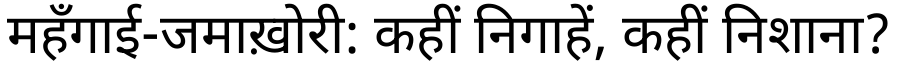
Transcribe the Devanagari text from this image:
महँगाई-जमाख़ोरी: कहीं निगाहें, कहीं निशाना?